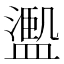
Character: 𱨩